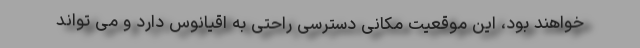
خواهند بود، این موقعیت مکانی دسترسی راحتی به اقیانوس دارد و می تواند